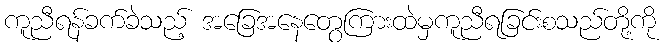
ကူညီရန်ခက်ခဲသည့် အခြေအနေတွေကြားထဲမှကူညီရခြင်းစသည်တို့ကို